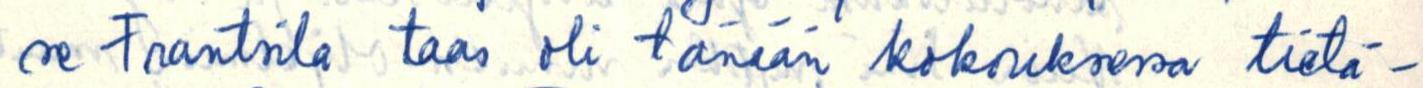
se frantsila taas oli tänään kokouksessa tietä-